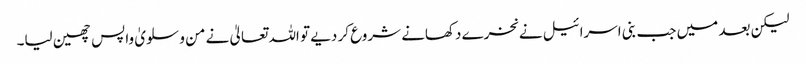
لیکن بعد میں جب بنی اسرائیل نے نخرے دکھانے شروع کر دیے تو اللہ تعالیٰ نے من و سلویٰ واپس چھین لیا۔